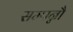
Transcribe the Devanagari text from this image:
सम्पन्नौ